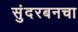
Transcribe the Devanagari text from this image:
सुंदरबनचा